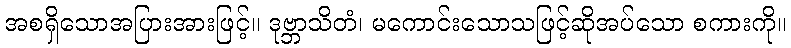
အစရှိသောအပြားအားဖြင့်။ ဒုဗ္ဘာသိတံ၊ မကောင်းသောသဖြင့်ဆိုအပ်သော စကားကို။